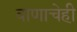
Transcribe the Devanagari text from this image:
वाणाचेही